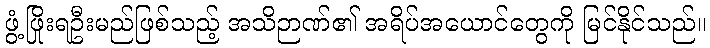
ဖွံ့ဖြိုးရဦးမည်ဖြစ်သည့် အသိဉာဏ်၏ အရိပ်အယောင်တွေကို မြင်နိုင်သည်။